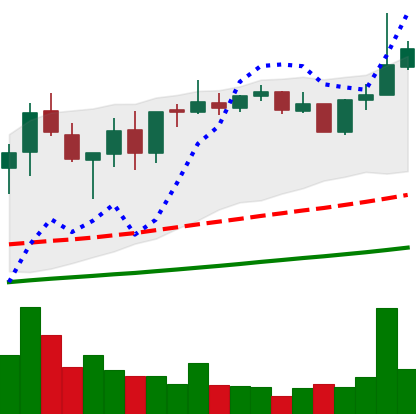
Ticker: XMR-USD
Chart end date: 2021-05-08
Forward return: -15.377%
Label: down_7plus